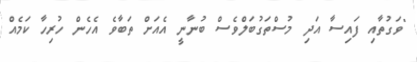
"ވަގުތާއި ފައިސާ އަދި މުސްތަގުބަލްވެސް ބުނާނީ އެއަށް ތަބާވެ އެހެން ހުރިހާ ކަމެއް